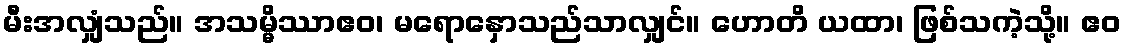
မီးအလျှံသည်။ အသမ္မိဿာဧဝ၊ မရောနှောသည်သာလျှင်။ ဟောတိ ယထာ၊ ဖြစ်သကဲ့သို့။ ဧဝ